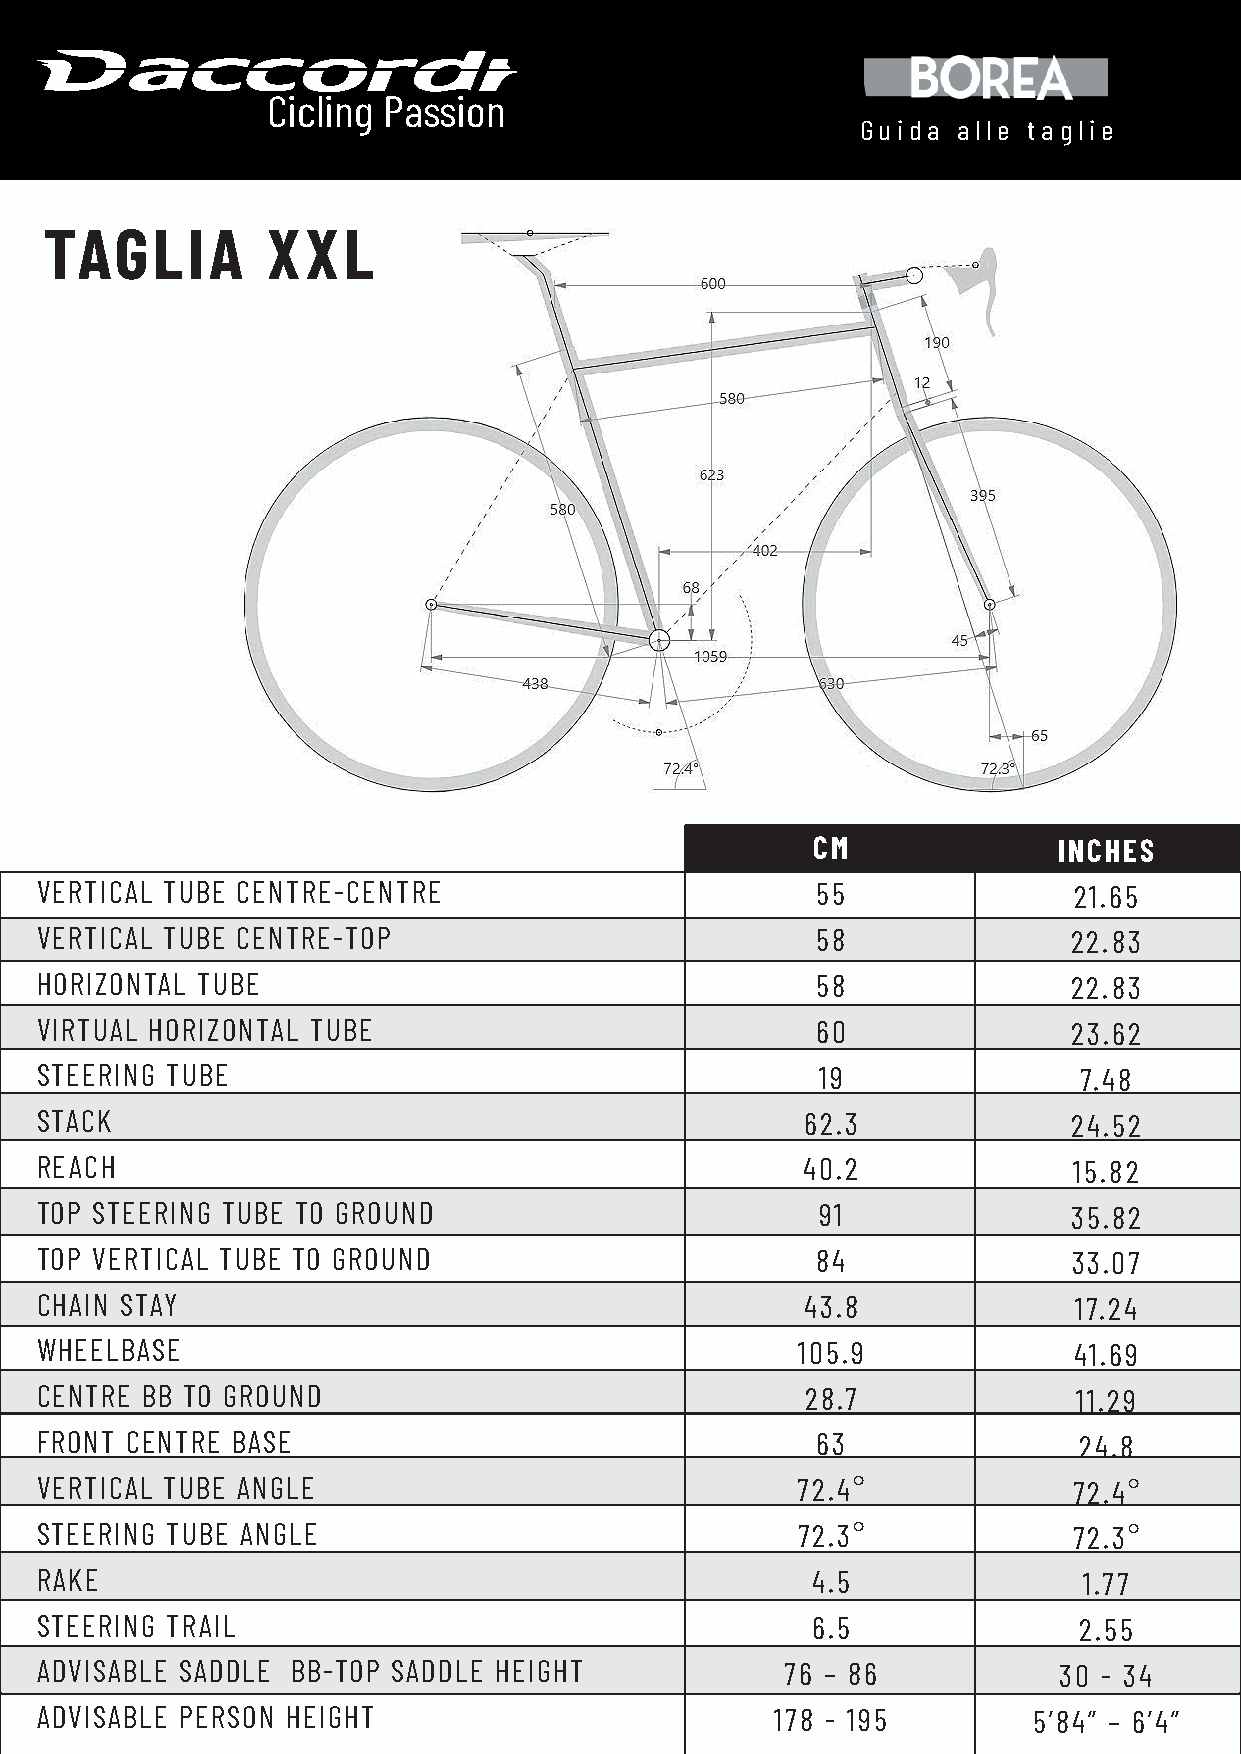
Cicling Passion
 Guida alle taglie
 TAGLIA         XXL
 CM              INCHES
 VERTICAL TUBE CENTRE-CENTRE                         55               21.65
 VERTICAL TUBE CENTRE-TOP                            58               22.83
 HORIZONTAL TUBE                                     58               22.83
 VIRTUAL HORIZONTAL TUBE                             60               23.62
 STEERING TUBE                                       19               7.48
 STACK                                              62.3              24.52
 REACH                                              40.2              15.82
 TOP STEERING TUBE TO GROUND                         91               35.82
 TOP VERTICAL TUBE TO GROUND                         84               33.07
 CHAIN STAY                                         43.8              17.24
 WHEELBASE                                          105.9             41.69
 CENTRE BB TO GROUND                                28.7              11.29
 FRONT CENTRE BASE                                   63               24.8
 VERTICAL TUBE ANGLE                                72.4°             72.4°
 STEERING TUBE ANGLE                                72.3°             72.3°
 RAKE                                                4.5               1.77
 STEERING TRAIL                                      6.5              2.55
 ADVISABLE SADDLE BB-TOP SADDLE HEIGHT             76 – 86           30 - 34
 ADVISABLE PERSON HEIGHT                          178 - 195        5’84” – 6’4”